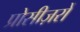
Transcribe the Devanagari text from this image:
प्रोसीज़रों